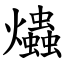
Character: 爞